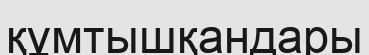
құмтышқандары